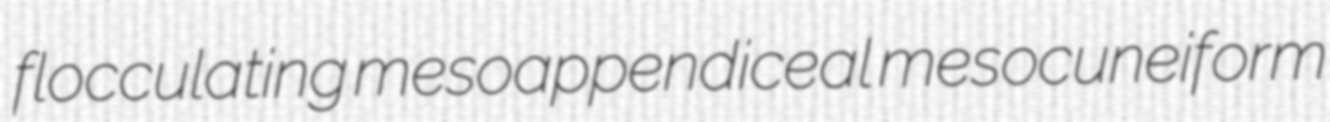
flocculating mesoappendiceal mesocuneiform